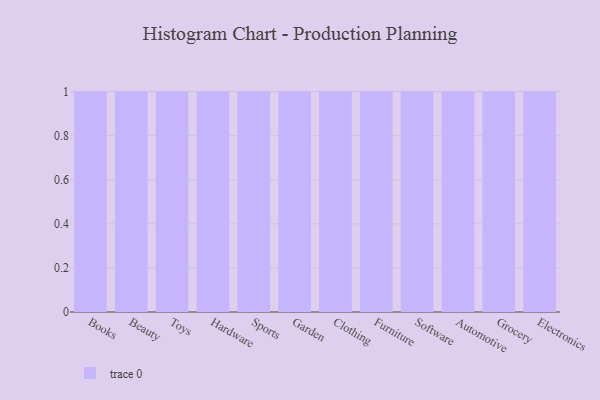
{"axis": {"x": "Category", "y": "Shipments"}, "legend": [""], "data": [{"x": "Books", "y": 3, "type": ""}, {"x": "Beauty", "y": 57, "type": ""}, {"x": "Toys", "y": 38, "type": ""}, {"x": "Hardware", "y": 84, "type": ""}, {"x": "Sports", "y": 30, "type": ""}, {"x": "Garden", "y": 11, "type": ""}, {"x": "Clothing", "y": 8, "type": ""}, {"x": "Furniture", "y": 54, "type": ""}, {"x": "Software", "y": 6, "type": ""}, {"x": "Automotive", "y": 42, "type": ""}, {"x": "Grocery", "y": 58, "type": ""}, {"x": "Electronics", "y": 47, "type": ""}]}